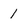
Character: 1